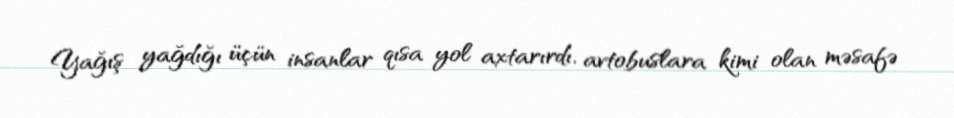
Yağış yağdığı üçün insanlar qısa yol axtarırdı, avtobuslara kimi olan məsafə